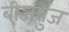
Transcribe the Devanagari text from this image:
बीजपुंज